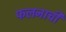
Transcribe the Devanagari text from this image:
फलनाची